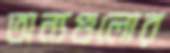
অন্যগুলোর